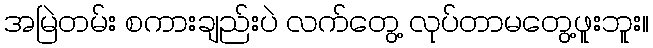
အမြဲတမ်း စကားချည်းပဲ လက်တွေ့ လုပ်တာမတွေ့ဖူးဘူး။